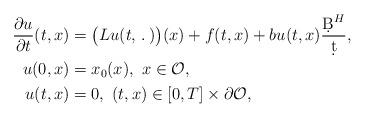
LaTeX: \begin{align*}\frac{\partial u}{\partial t}(t,x)&=\big(Lu(t,\,.\,)\big)(x)+f(t,x)+bu(t,x)\frac{\d B^H}{\d t},\\u(0,x)&=x_0(x),\ x\in \mathcal{O},\\u(t,x)&=0,\ (t,x)\in [0,T]\times \partial\mathcal{O},\end{align*}